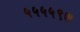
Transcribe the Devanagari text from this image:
५५५५९७